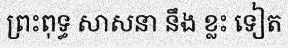
ព្រះពុទ្ធ សាសនា នឹង ខ្លះ ទៀត